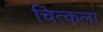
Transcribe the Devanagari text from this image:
चित्कला